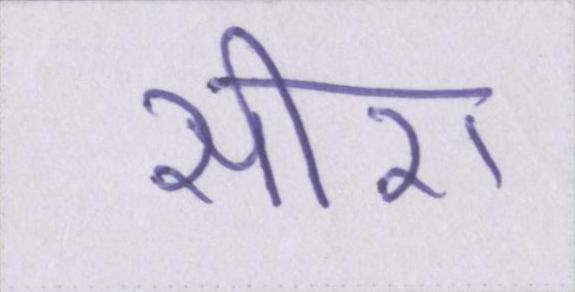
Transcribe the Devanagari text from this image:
सीरा